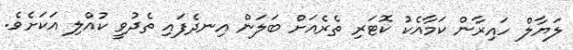
ލަޔާލް ހައިރާން ކަމާއެކު ކޮޓަރި ތެރެއަށް ބަލަން އިނދެފައި ތެދުވީ ކުއްލި އަކަށެވެ.